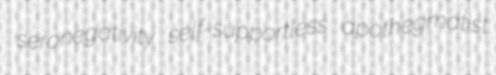
seronegativity self-supportless apothegmatist